Riigikantselei, lk 158
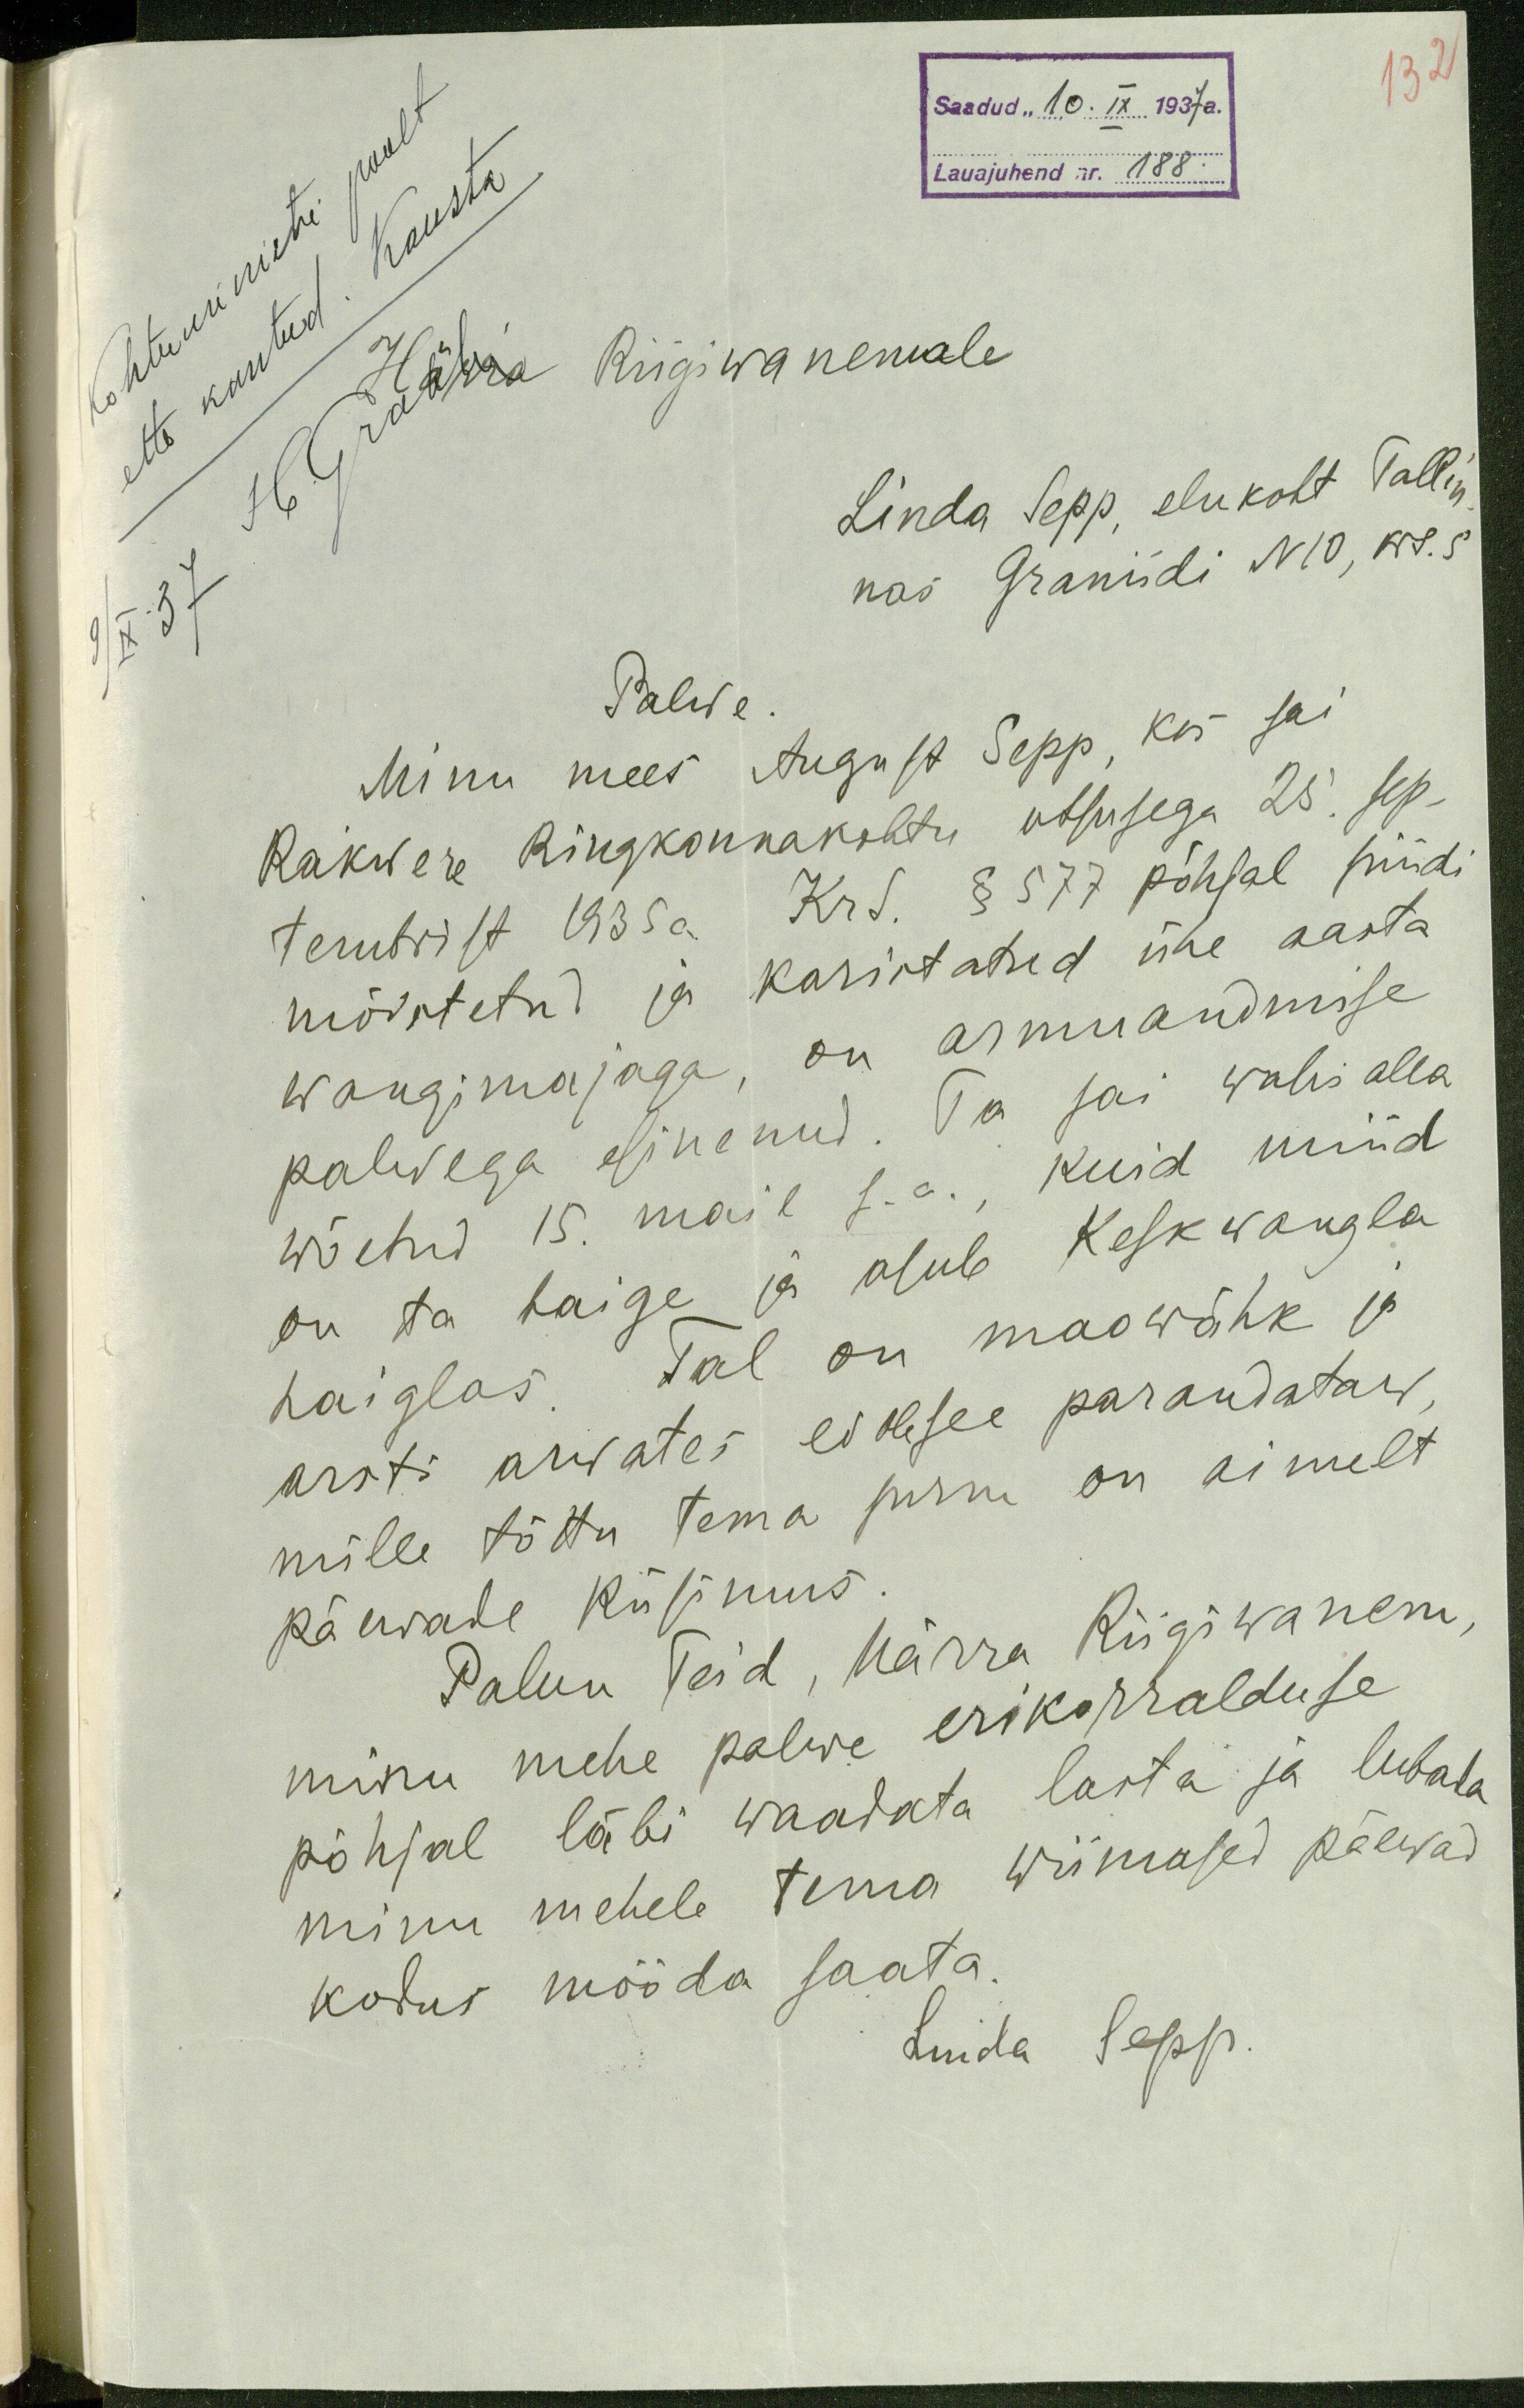
132
Saadud "10. IX 1937a.
Lauajuhend nr. 188.
Kohtuministri poolt
ette kantud. Kausta
9 / IX 37
Riigiwanemale
Linda Sepp, elukoht Tallin-
nas Graniidi N 10, krt. 5
Palwe
Minu mees August Sepp, kes sai
Rakwere Ringkonnakohtu otsusega 25. sep-
tembrist 1935 a. KrS. § 577 põhjal süüdi
mõistetud ja karistatud ühe aasta
wangimajaga, on armuandmise
palwega esinenud. Ta sai wahi alla
wõetud 15. mail s. a., kuid nüüd
on ta haige ja asub Keskwangla
haiglas Tal on maowähk ja
arsti arwates ei ole see parandataw,
mille tõttu tema surm on ainult
päewade küsimus
Palun Teid, Härra Riigiwanem,
minu mehe palwe erikorralduse
põhjal läbi waadata lasta ja lubada
minu mehele tema wiimased päewad
kodus mööda saata.
Linda Sepp.